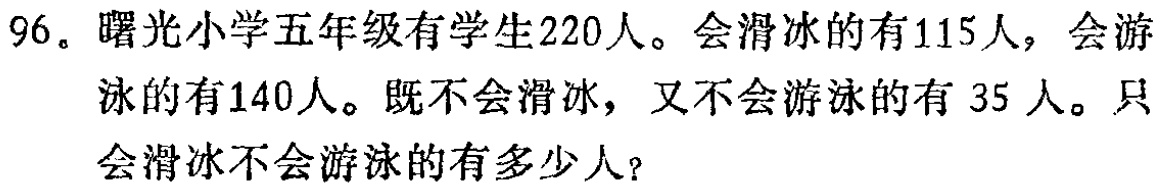
96。曙光小学五年级有学生220人。会滑冰的有115人，会游泳的有140人。既不会滑冰，又不会游泳的有 35人。只会滑冰不会游泳的有多少人？